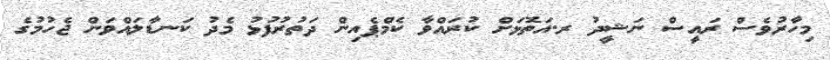
މިހާރުވެސް ރައީސް ނަޝީދު ރ.އަތޮޅަށް ކުރައްވާ ކެމްޕެއިން ދަތުރުފުޅު މެދު ކަނޑާލައްވަން ޖެހުމުގެ